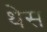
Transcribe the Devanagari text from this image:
थेस